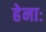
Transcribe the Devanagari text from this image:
हेनाः